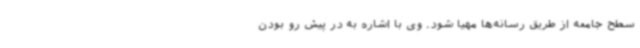
سطح جامعه از طریق رسانه‌ها مهیا شود. وی با اشاره به در پیش رو بودن